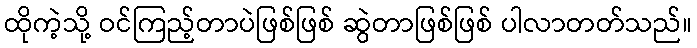
ထိုကဲ့သို့ ဝင်ကြည့်တာပဲဖြစ်ဖြစ် ဆွဲတာဖြစ်ဖြစ် ပါလာတတ်သည်။